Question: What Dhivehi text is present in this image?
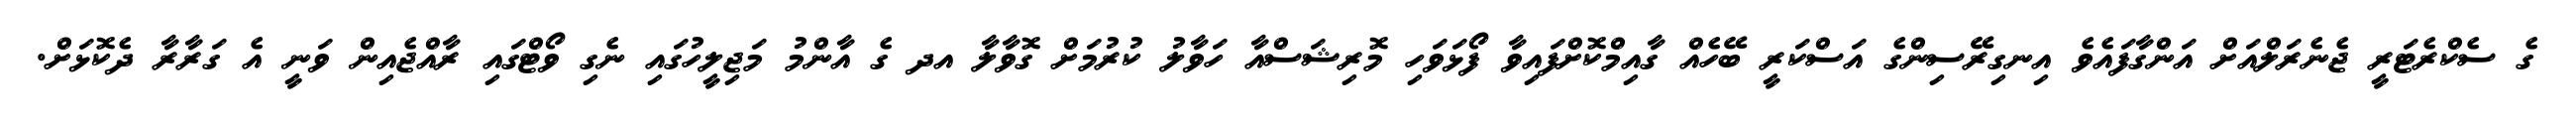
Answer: ގެ ސެކްރެޓަރީ ޖެނެރަލްއަށް އަންގާފައެވެ އިނގިރޭސިންގެ އަސްކަރީ ބޭހެއް ގާއިމްކޮށްފައިވާ ފޯޅަވަހި މޮރިޝަސްއާ ހަވާލު ކުރުމަށް ގޮވާލާ އދ ގެ އާންމު މަޖިލީހުގައި ނެގި ވޯޓްގައި ރާއްޖެއިން ވަނީ އެ ގަރާރާ ދެކޮޅަށް.